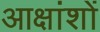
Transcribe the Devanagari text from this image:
आक्षांशों